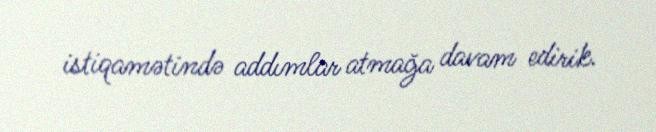
istiqamətində addımlar atmağa davam edirik.